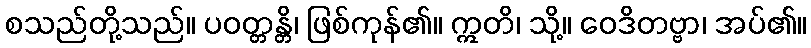
စသည်တို့သည်။ ပဝတ္တန္တိ၊ ဖြစ်ကုန်၏။ ဣတိ၊ သို့။ ဝေဒိတဗ္ဗာ၊ အပ်၏။